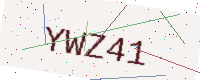
Text: YWZ41